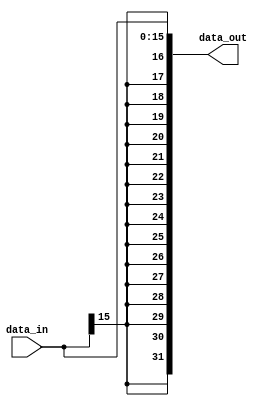
`timescale 1ns / 1ps
//////////////////////////////////////////////////////////////////////////////////
// Company: 
// Engineer: 
// 
// Design Name: 
// Module Name:    Sign_Extend 
// Project Name: 
// Target Devices: 
// Tool versions: 
// Description: 
//
// Dependencies: 
//
// Revision: 
// Revision 0.01 - File Created
// Additional Comments: 
//
//////////////////////////////////////////////////////////////////////////////////
module Sign_Extend(
    data_in,
    data_out
);

input	[15:0]	data_in;
output	[31:0]	data_out;

assign data_out = {{16{data_in[15]}}, data_in};


endmodule